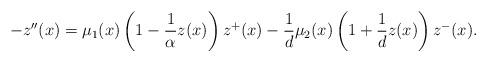
LaTeX: \begin{align*}-z''(x)=\mu_{1}(x)\left(1-\frac{1}{\alpha}z(x)\right)z^{+}(x)-\frac{1}{d}\mu_{2}(x)\left(1+\frac{1}{d}z(x)\right)z^{-}(x).\end{align*}